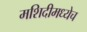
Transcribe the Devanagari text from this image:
मशिदीमध्येच